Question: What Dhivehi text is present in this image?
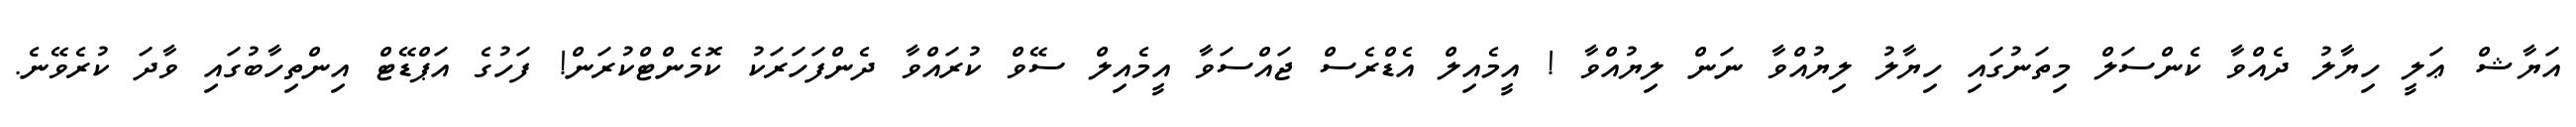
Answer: އަޔާޝް ޢަލީ ހިޔާލު ދެއްވާ ކެންސަލް މިތަނުގައި ހިޔާލު ލިޔުއްވާ ނަން ލިޔުއްވާ ! އީމެއިލް އެޑްރެސް ޖައްސަވާ އީމެއިލް ސޭވް ކުރައްވާ ދެންފަހަރަކު ކޮމެންޓްކުރަން! ފަހުގެ އަޕްޑޭޓް އިންތިހާބުގައި ވާދަ ކުރެވޭނެ.